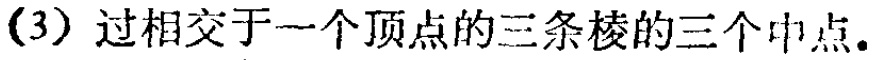
(3) 过相交于一个顶点的三条棱的三个中点.